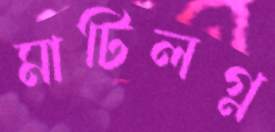
মাটিলগ্ন